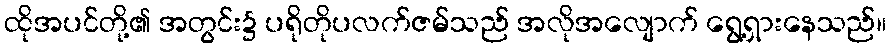
ထိုအပင်တို့၏ အတွင်း၌ ပရိုတိုပလက်ဇမ်သည် အလိုအလျောက် ရွေ့ရှားနေသည်။